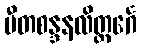
ပီတစန္ဒနလိတ္တင်္ဂေ